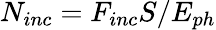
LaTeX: N_{inc}=F_{inc}S/E_{ph}